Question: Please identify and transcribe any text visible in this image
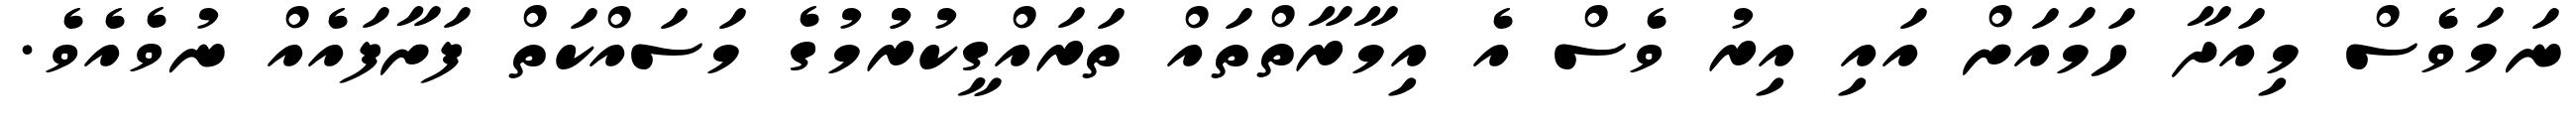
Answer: ނަމަވެސް މިއަދާ ހަމައަށް އައި އިރު ވެސް އެ އިމާރާތްތައް ތަރައްގީކުރުުމުގެ މަސައްކަތް ފަށާފައެއް ނުވެއެވެ.